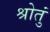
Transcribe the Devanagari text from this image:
श्रोतुं